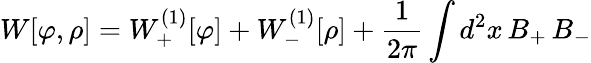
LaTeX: W[\varphi,\rho]=W_{+}^{(1)}[\varphi]+W_{-}^{(1)}[\rho]+{\frac{1}{2\pi}}\int d^{2}x\, B_{+}\, B_{-}